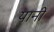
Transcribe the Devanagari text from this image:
यानीं